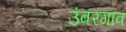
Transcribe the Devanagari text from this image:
उंबरगाव